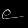
Digit: ၉